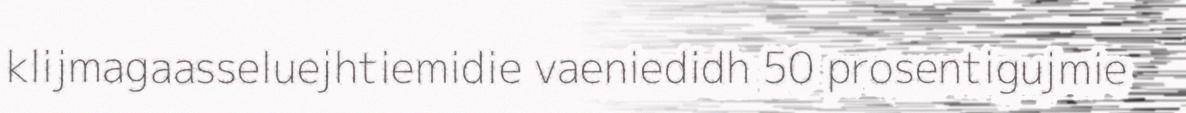
klijmagaasseluejhtiemidie vaeniedidh 50 prosentigujmie